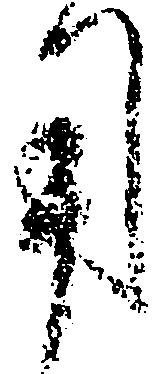
用